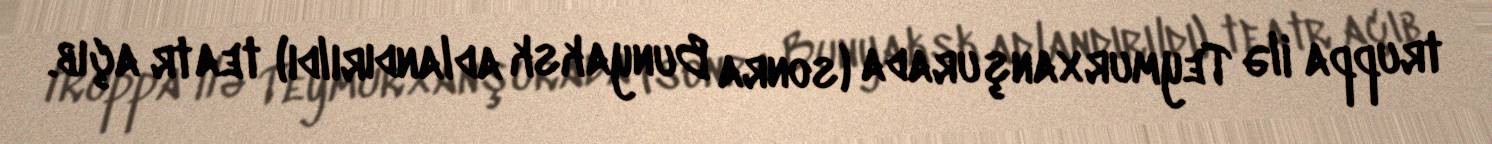
truppa ilə Teymurxanşurada (sonra Bunyaksk adlandırıldı) teatr açıb.